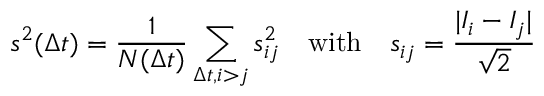
s ^ { 2 } ( \Delta t ) = \frac { 1 } { N ( \Delta t ) } \sum _ { \Delta t , i > j } s _ { i j } ^ { 2 } \quad \mathrm { w i t h } \quad s _ { i j } = \frac { | I _ { i } - I _ { j } | } { \sqrt { 2 } }